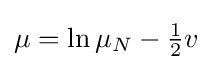
{\textstyle \mu =\ln \mu _{N}-{\frac {1}{2}}v}